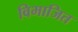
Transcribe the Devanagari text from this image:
विभाजित